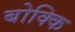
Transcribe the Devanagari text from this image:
बोक्कि